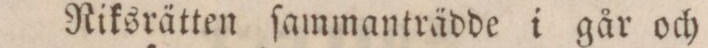
Riksrätten ſammanträdde i går och